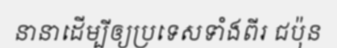
នានាដើម្បីឲ្យប្រទេសទាំងពីរ ជប៉ុន